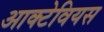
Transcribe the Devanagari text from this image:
आक्टेवियस